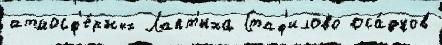
атмосф'е́рных Лапт'иха Стаф'илово оса́дков